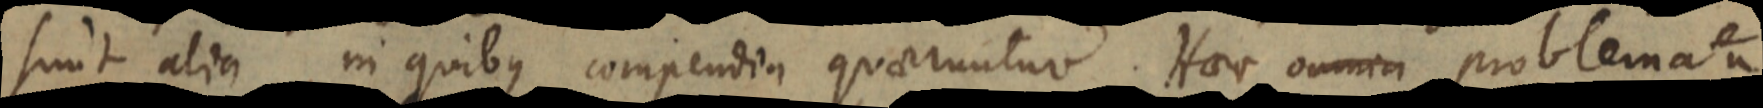
sunt alia in quibus compendia quaeruntur. Haec omnia problemata